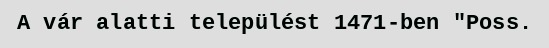
A vár alatti települést 1471-ben "Poss.